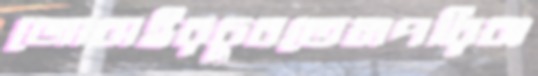
জোবাইরচুবতেনপরিবা